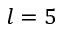
l = 5